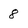
Character: 8